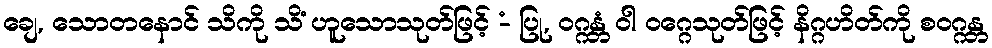
ချေ, သောတနောင် သိကို သိံ ဟူသောသုတ်ဖြင့် -ံ ပြု, ဝဂ္ဂန္တံ ဝါ ဝဂ္ဂေသုတ်ဖြင့် နိဂ္ဂဟိတ်ကို စဝဂ္ဂန္တ